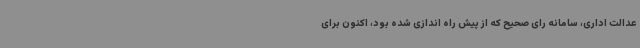
عدالت اداری، سامانه رای صحیح که از پیش راه اندازی شده بود، اکنون برای